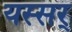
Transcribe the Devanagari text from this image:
यस्सर्